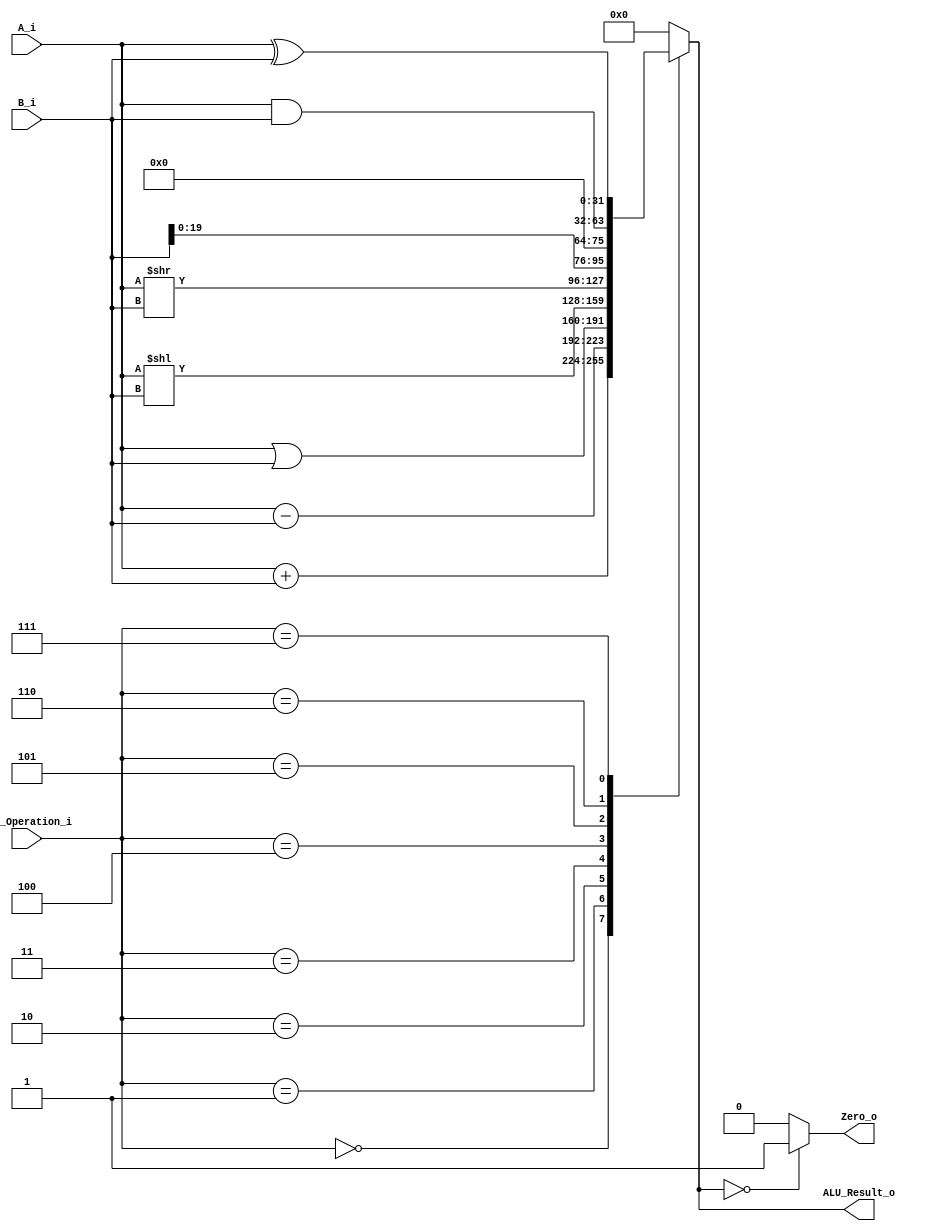
/******************************************************************
* Description
*	This is an 32-bit arithetic logic unit that can execute the next set of operations:
*		add

* This ALU is written by using behavioral description.
* Version:
*	1.0
* Author:
*	Dr. Jos Luis Pizano Escalante
* email:
*	luispizano@iteso.mx
* Date:
*	16/08/2021
******************************************************************/

module ALU 
(
	input [3:0] ALU_Operation_i,
	input signed [31:0] A_i,
	input signed [31:0] B_i,
	
	output reg Zero_o,
	output reg [31:0] ALU_Result_o
);


localparam ADD  = 4'b0000;
localparam SUB  = 4'b0001;
localparam ORI  = 4'b0010;
localparam SLL  = 4'b0011;
localparam SRL  = 4'b0100;
localparam LUI  = 4'b0101;
localparam AND  = 4'b0110;
localparam XOR  = 4'b0111;

/*B_i es el immediate cuando ocurra la situacin*/

   always @ (A_i or B_i or ALU_Operation_i)
     begin
		case (ALU_Operation_i)
		
		ADD	: ALU_Result_o = A_i + B_i;
		SUB	: ALU_Result_o = A_i - B_i;
		ORI	: ALU_Result_o = A_i | B_i;
		SLL	: ALU_Result_o = A_i << B_i;
		SRL	: ALU_Result_o = A_i >> B_i;
		LUI	: ALU_Result_o = {B_i,12'b0};
		AND	: ALU_Result_o = A_i & B_i;
		XOR	: ALU_Result_o = A_i ^ B_i;

		default:
			ALU_Result_o = 0;
		endcase // case(control)
		
		Zero_o = (ALU_Result_o == 0) ? 1'b1 : 1'b0;
		
     end // always @ (A or B or control)
endmodule // ALU